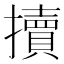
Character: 𢷺